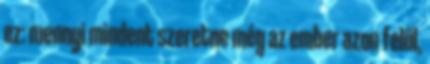
ez: mennyi mindent szeretne még az ember azon felül,